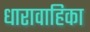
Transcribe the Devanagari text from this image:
धारावाहिका